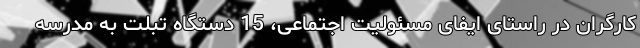
کارگران در راستای ایفای مسئولیت اجتماعی، 15 دستگاه تبلت به مدرسه